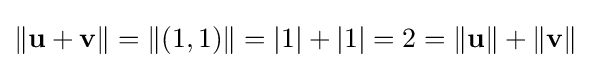
\|\mathbf {u} +\mathbf {v} \|=\|(1,1)\|=|1|+|1|=2=\|\mathbf {u} \|+\|\mathbf {v} \|